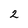
Character: 2